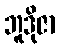
ဘူဒိုဇာ